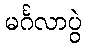
မင်္ဂလာပွဲ